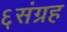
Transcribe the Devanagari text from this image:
६संग्रह